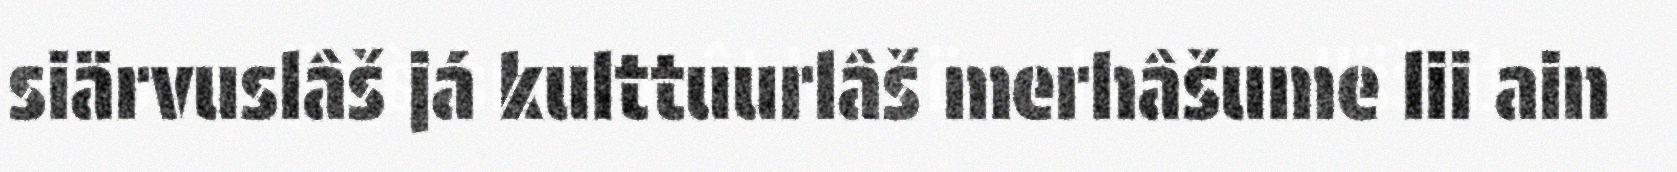
siärvuslâš já kulttuurlâš merhâšume lii ain